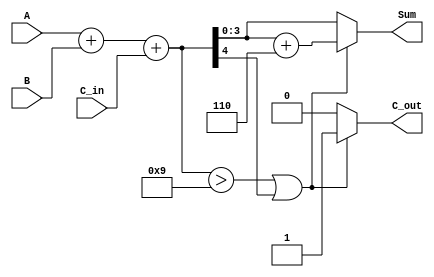
module bcd_asynchronous_adder (
    input  [3:0] A,      // First BCD digit
    input  [3:0] B,      // Second BCD digit
    input        C_in,    // Carry input
    output reg [3:0] Sum, // BCD sum output
    output reg C_out      // Carry output
);

    wire [4:0] binary_sum; // 5 bits to hold binary sum (A + B + C_in)
    wire correction_needed; // Signal to indicate correction is needed

    // Step 1: Binary Addition
    assign binary_sum = A + B + C_in;

    // Step 2: Determine if correction is needed
    assign correction_needed = (binary_sum > 4'd9) || (binary_sum[4]);

    // Step 3: BCD Correction
    always @(*) begin
        if (correction_needed) begin
            Sum = binary_sum[3:0] + 4'd6; // Add 6 for correction
            C_out = 1;                     // Set carry out
        end else begin
            Sum = binary_sum[3:0];         // No correction needed
            C_out = 0;                     // No carry out
        end
    end

endmodule